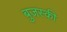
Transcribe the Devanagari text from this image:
बुज़स्की